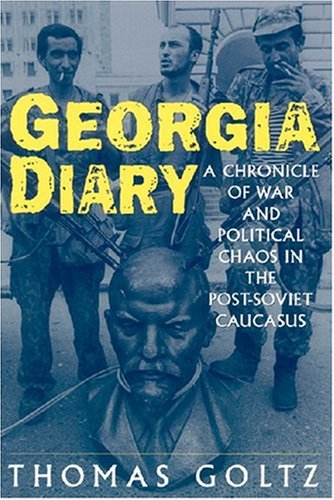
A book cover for Georgia Diary: A Chronicle of War and Political Chaos in the Post-Soviet Caucasus; Thomas Goltz; Travel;